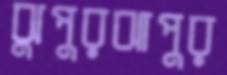
ঝুপুরঝাপুর